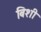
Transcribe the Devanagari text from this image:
बिशी